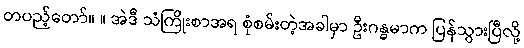
တပည့်တော်။ ။ အဲဒီ သံကြိုးစာအရ စုံစမ်းတဲ့အခါမှာ ဦးဂန္ဓမာက ပြန်သွားပြီလို့